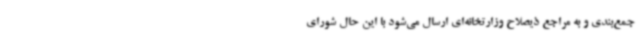
جمع‌بندی و به مراجع ذیصلاح وزارتخانه‌ای ارسال می‌شود با این حال شورای